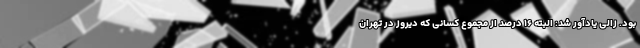
بود. زالی یادآور شد: البته ۱۶ درصد از مجموع کسانی که دیروز در تهران